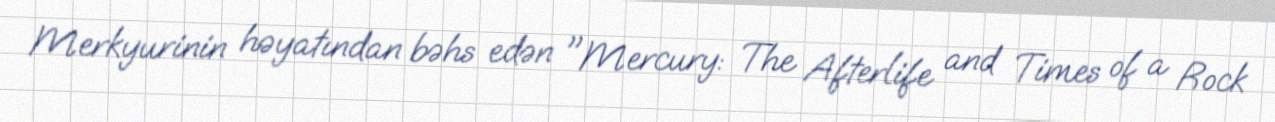
Merkyurinin həyatından bəhs edən "Mercury: The Afterlife and Times of a Rock